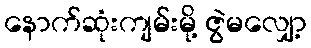
နောက်ဆုံးကျမ်းမို့ ဇွဲမလျှော့